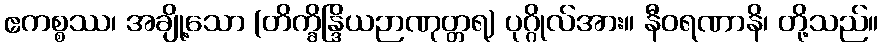
ဧကစ္စဿ၊ အချို့သော (တိက္ခိန္ဒြိယဉာဏုတ္တရ) ပုဂ္ဂိုလ်အား။ နီဝရဏာနိ၊ တို့သည်။